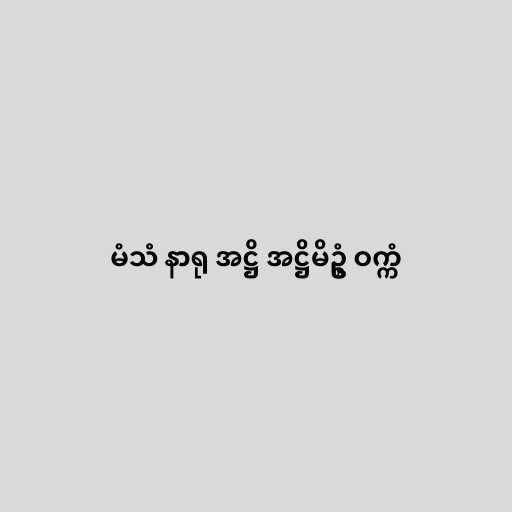
မံသံ နာရု အဋ္ဌိ အဋ္ဌိမိဥ္စံ ဝက္ကံ